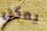
يمكن